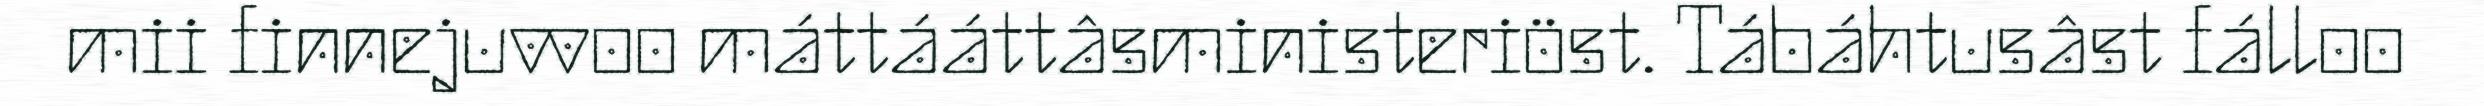
mii finnejuvvoo máttááttâsministeriöst. Tábáhtusâst fálloo